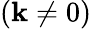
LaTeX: (\mathbf{k}\neq0)